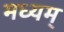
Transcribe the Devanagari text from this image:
मध्यम्